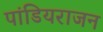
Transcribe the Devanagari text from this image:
पांडियराजन